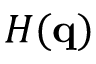
H ( \mathbf { q } )